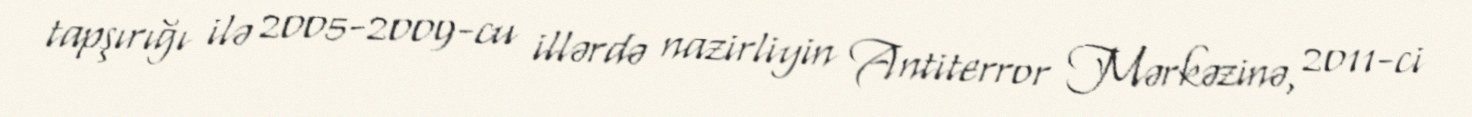
tapşırığı ilə 2005-2009-cu illərdə nazirliyin Antiterror Mərkəzinə, 2011-ci